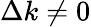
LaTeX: \Delta k\neq 0